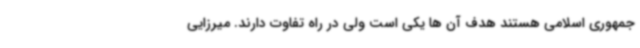
جمهوری اسلامی هستند هدف آن ها یکی است ولی در راه تفاوت دارند. میرزایی